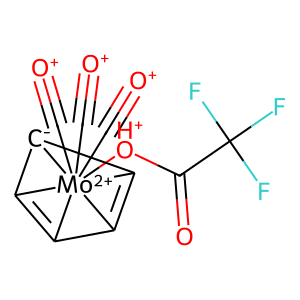
SMILES: O=C([OH+][Mo+2]1234(C#[O+])(C#[O+])(C#[O+])C5=C1[C-]2C3=C54)C(F)(F)F
Inhibits HIV replication: No